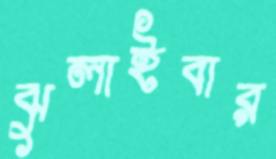
ঝুলাইবার